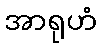
အာရုဟံ